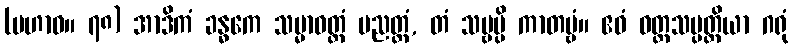
(မဟာဝ။ ၇၈) အာဒိကံ ခန္ဓကေ သမ္မာဝတ္တံ ပညတ္တံ, တံ သဗ္ဗမ္ပိ ကာတဗ္ဗံ။ ဧဝံ ဝတ္တသမ္ပတ္တိယာ ဂရုံ